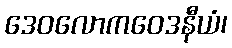
ဒေဝလောကဝေဒနီယံ၊